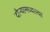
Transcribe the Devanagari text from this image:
दौर्‍यामध्यल्या